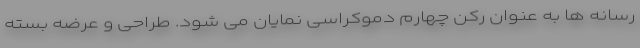
رسانه ها به عنوان رکن چهارم دموکراسی نمایان می شود. طراحی و عرضه بسته